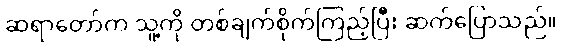
ဆရာတော်က သူ့ကို တစ်ချက်စိုက်ကြည့်ပြီး ဆက်ပြောသည်။